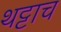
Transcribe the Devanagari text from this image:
थट्टाच